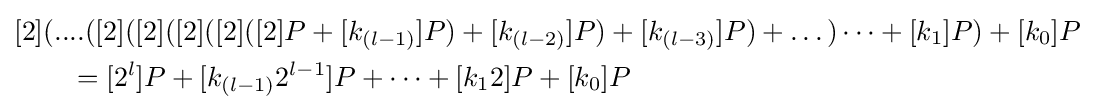
{\begin{aligned}&[2](....([2]([2]([2]([2]([2]P+[k_{(l-1)}]P)+[k_{(l-2)}]P)+[k_{(l-3)}]P)+\dots )\dots +[k_{1}]P)+[k_{0}]P\\&\qquad =[2^{l}]P+[k_{(l-1)}2^{l-1}]P+\dots +[k_{1}2]P+[k_{0}]P\end{aligned}}